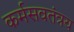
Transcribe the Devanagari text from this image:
कर्मसवतंत्रय